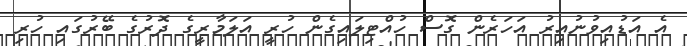
އެ އަޑުއިވުނުއިރު އަހަރެން ގޮސް ހުއްޓިލައިގެން ހުރީ އަލަމާރީގެ ދޮރުގެ ބޭރުގައި ހުރި